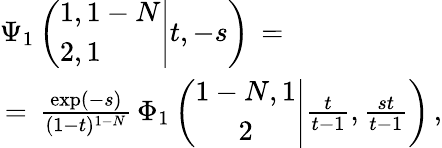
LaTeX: \begin{array}{l}{\displaystyle\Psi_{1}\left(\left.\begin{array}{l}{1,1-N}\\ {2,1}\end{array}\right|t,-s\right)\, =\, }\\ {\, =\, \frac{\exp(-s)}{(1-t)^{1-N}}\, \Phi_{1}\left(\left.\begin{array}{c}{1-N,1}\\ {2}\end{array}\right|\frac t{t-1},\frac{st}{t-1}\right)\, ,\displaystyle}\end{array}